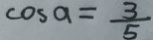
\cos a = \frac { 3 } { 5 }